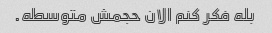
بله فکر کنم الان حجمش متوسطه.